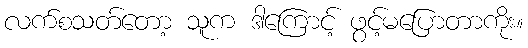
လက်စသတ်တော့ သူက ဒါကြောင့် ဖွင့်မပြောတာကိုး။